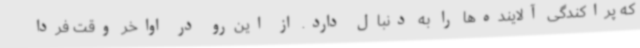
که پراکندگی آلاینده‌ها را به دنبال دارد. از این‌رو در اواخر وقت فردا